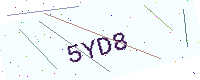
Text: 5YD8